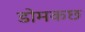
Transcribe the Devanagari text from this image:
डोमकछ